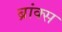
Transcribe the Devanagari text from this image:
ब्रांक्स